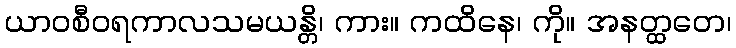
ယာဝစီဝရကာလသမယန္တိ၊ ကား။ ကထိနေ၊ ကို။ အနတ္ထတေ၊